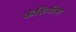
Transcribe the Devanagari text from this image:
कॅसिनीला